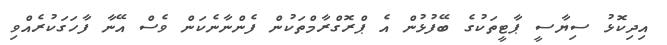
އިދިކޮޅު ސިޔާސީ ޕާޓީތަކުގެ ބޭފުޅުން އެ ޕްރޮގްރާމްތަކުން ފެންނާނެކަން ވެސް އޭނާ ފާހަގަކުރެއްވި